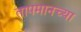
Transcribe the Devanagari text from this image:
तापमानच्या